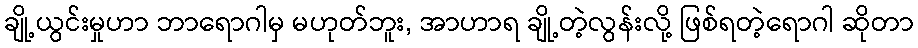
ချို့ယွင်းမှုဟာ ဘာရောဂါမှ မဟုတ်ဘူး, အာဟာရ ချို့တဲ့လွန်းလို့ ဖြစ်ရတဲ့ရောဂါ ဆိုတာ